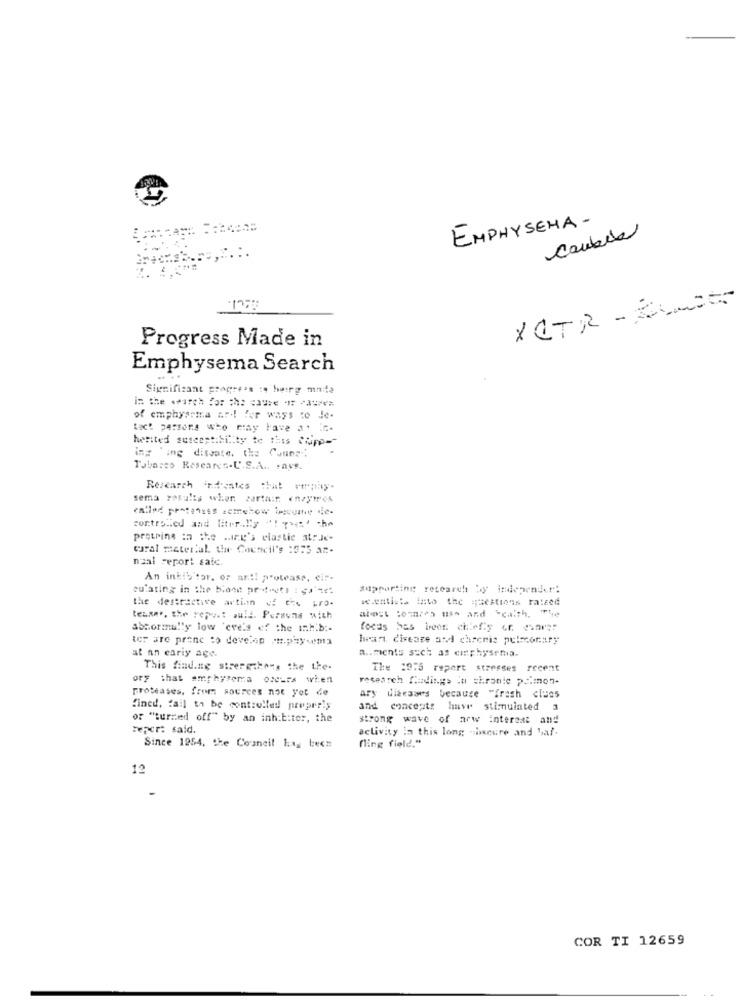
EMPHYSEMA -
Cambia
XCTR - XIX
Progress Made in
Emphysema Search
Significant progress :s burg made
of emphyarma ar! for ways to Je-
tact persons who may have a. in ..
herited susceptibility to this chipp --
ing 'ing dissate. the Couna "
Tabasco Researcs.U.S.A ., says.
Research intoates chat enay.
sema results when cartasr. enzymes
ealled pretenses semehow trecome die-
controlled and liter .. "y "! 71=' che
protrins :a the mary's elastic atr.Je-
coral master'al the Council's :575 ar-
naal Ferort saic.
An inhibitor. of an !! protease, cir-
sulating in the blood protects : si'ne
Supporting research by independer:
the destractive action of the pro-
scientists into the questions raised
teaser. the yepast pull. Peravns with
abnormally low 'cre's of the inh.b :-
ter are prene to develop .h.phy-ema
heart disease and chronis pulmonary
at an early age.
a .. ments such as emphysema.
This finding strengthens the the-
The 1975 report stresses recent
ory that emphysema occurs when
research Cadings It shranic palmen-
proteases, from sources not yet de
ary diseases because "fresh clues
fined, fail to be controlled prepreis
and concepts have stimulated 3
or "turned off" by an inh:biter, the
strong wave of arw interest and
Fefer said.
activity In this long -shscure and bal.
fling field."
Since 1954, the Council hay bec#
12
COR TI 12659